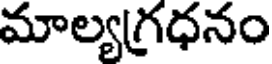
మాల్యగ్రధనం